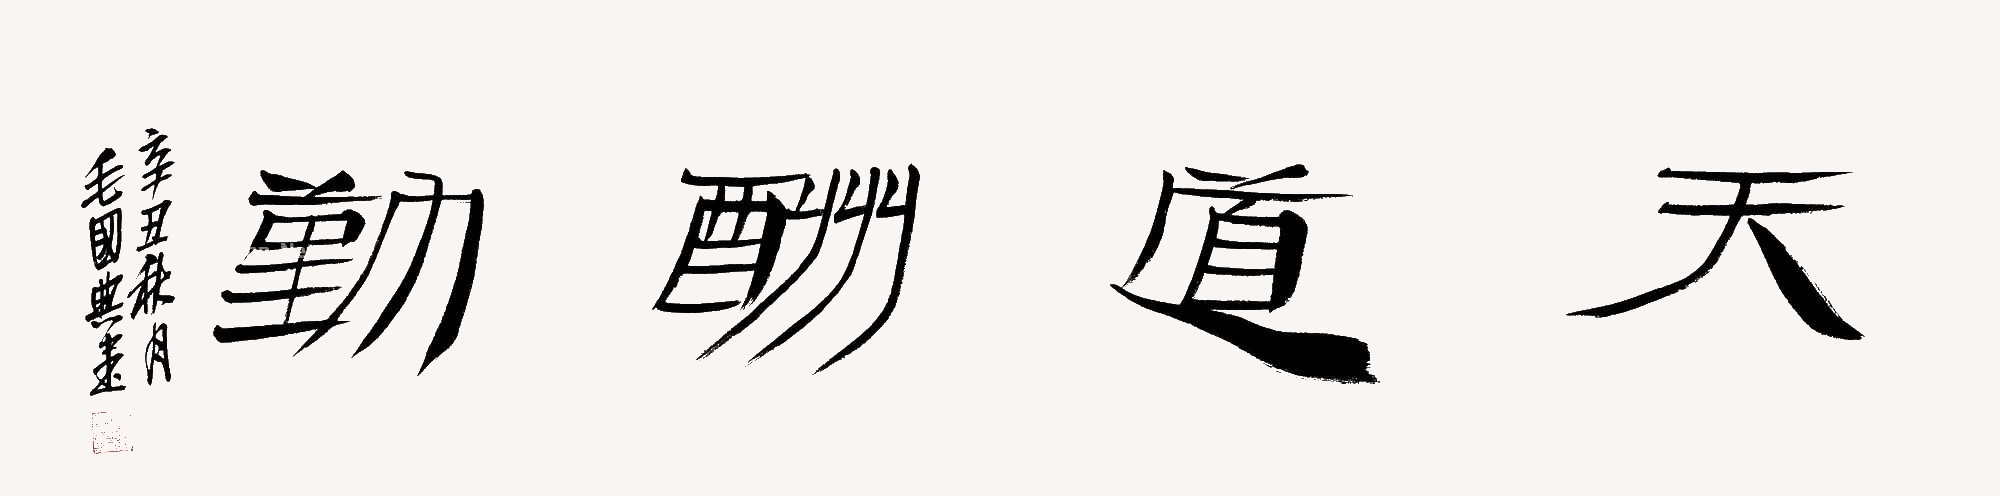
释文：天道酬勤辛丑秋月毛国典书